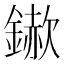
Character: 𮢵